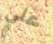
علي